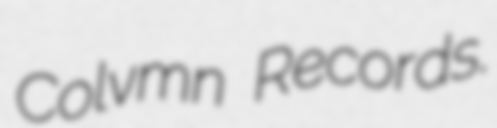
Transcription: Colvmn Records.